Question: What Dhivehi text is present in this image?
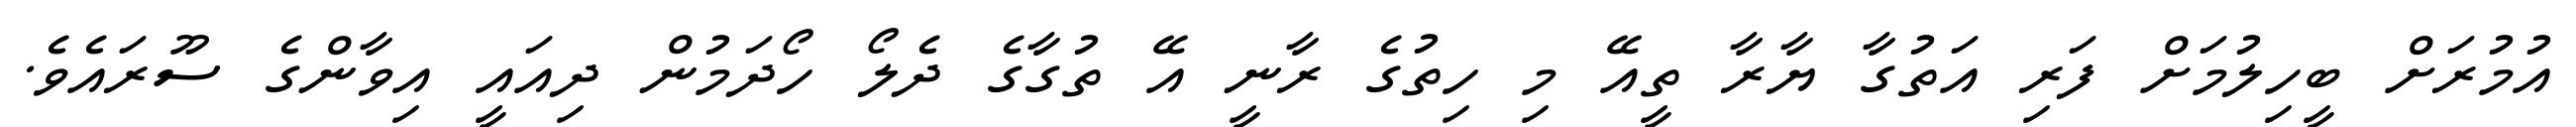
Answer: އުމުރަށް ބީހިލުމަށް ފަރި އަތުގާ ޔާރާ ތީއޭ މި ހިތުގެ ރާނީ އޭ ތުގާގެ ދެލޯ ހޯދަމުން ދިއައީ އިވާންގެ ސޫރައެވެ.